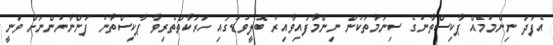
އެފަދަ ނިންމުމެއް ޕާކިސްތާނުގެ ސިނަމާތަކުން ނިންމާފައިވާއިރު ބޮލީވުޑުގައި ހަރަކާތްތެރިވާ ޕާކިސްތާނު ފަންނާނުންނަށް ވަނީ